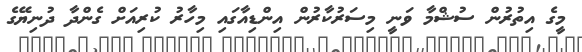
މީގެ އިތުރުން ސުޝްމާ ވަނީ މިސަރުކާރުން އިންޑިއާގައި މިހާރު ކުރިއަށް ގެންދާ ދުނިޔޭގެ